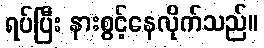
ရပ်ပြီး နားစွင့်နေလိုက်သည်။